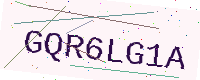
Text: GQR6LG1A